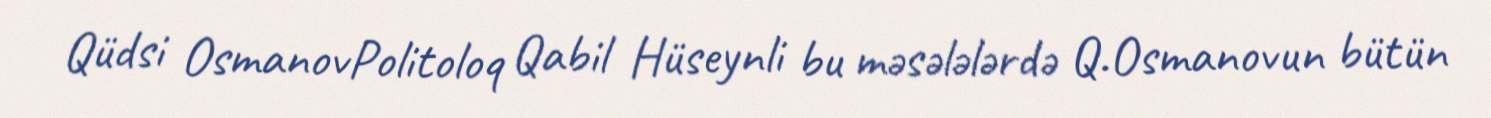
Qüdsi OsmanovPolitoloq Qabil Hüseynli bu məsələlərdə Q.Osmanovun bütün